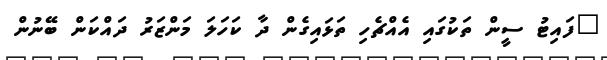
"ފައިޓު ސީން ތަކުގައި އެއްޗެހި ތަޅައިގެން ދާ ކަހަލަ މަންޒަރު ދައްކަން ބޭނުން